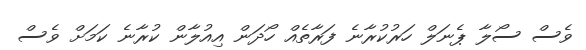
ވެސް ސޯލާ ޕެނަލް ހަރުކުރާނެ ފަރާތެއް ހޯދަން އިއުލާން ކުރާނެ ކަމަށް ވެސް